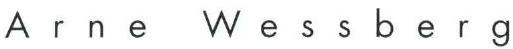
Arne Wessberg